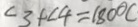
\angle 3 + \angle 4 = 1 8 0 ^ { \circ } C